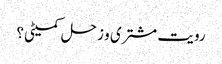
رویت مشتری و زحل کمیٹی؟